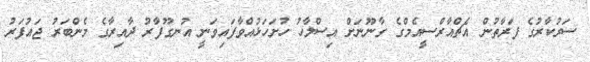
ސަރުކާރުގެ ފަރާތުން އެޗްއާރްސީއެމްގެ ގާނޫނަށް އިސްލާހު ހުށަހަޅުއްވާފައިވަނީ އުނގޫފާރު ދާއިރާގެ މެންބަރު ޖައުފަރު